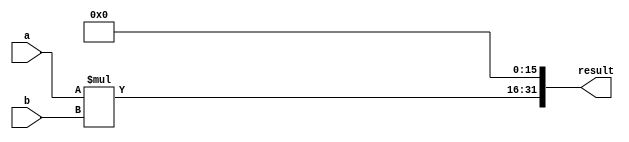
module fixed_point_multiplier (
    input [15:0] a, // Fixed-point input a
    input [15:0] b, // Fixed-point input b
    output reg [31:0] result // Result of the multiplication operation
);

reg [15:0] product; // Product of the multiplication
reg [31:0] extended_product; // Extended product for precision handling

always @* begin
    product = a * b; // Perform multiplication operation
    extended_product = product << 16; // Extend product for precision
    result = extended_product; // Assign result to output
end

endmodule